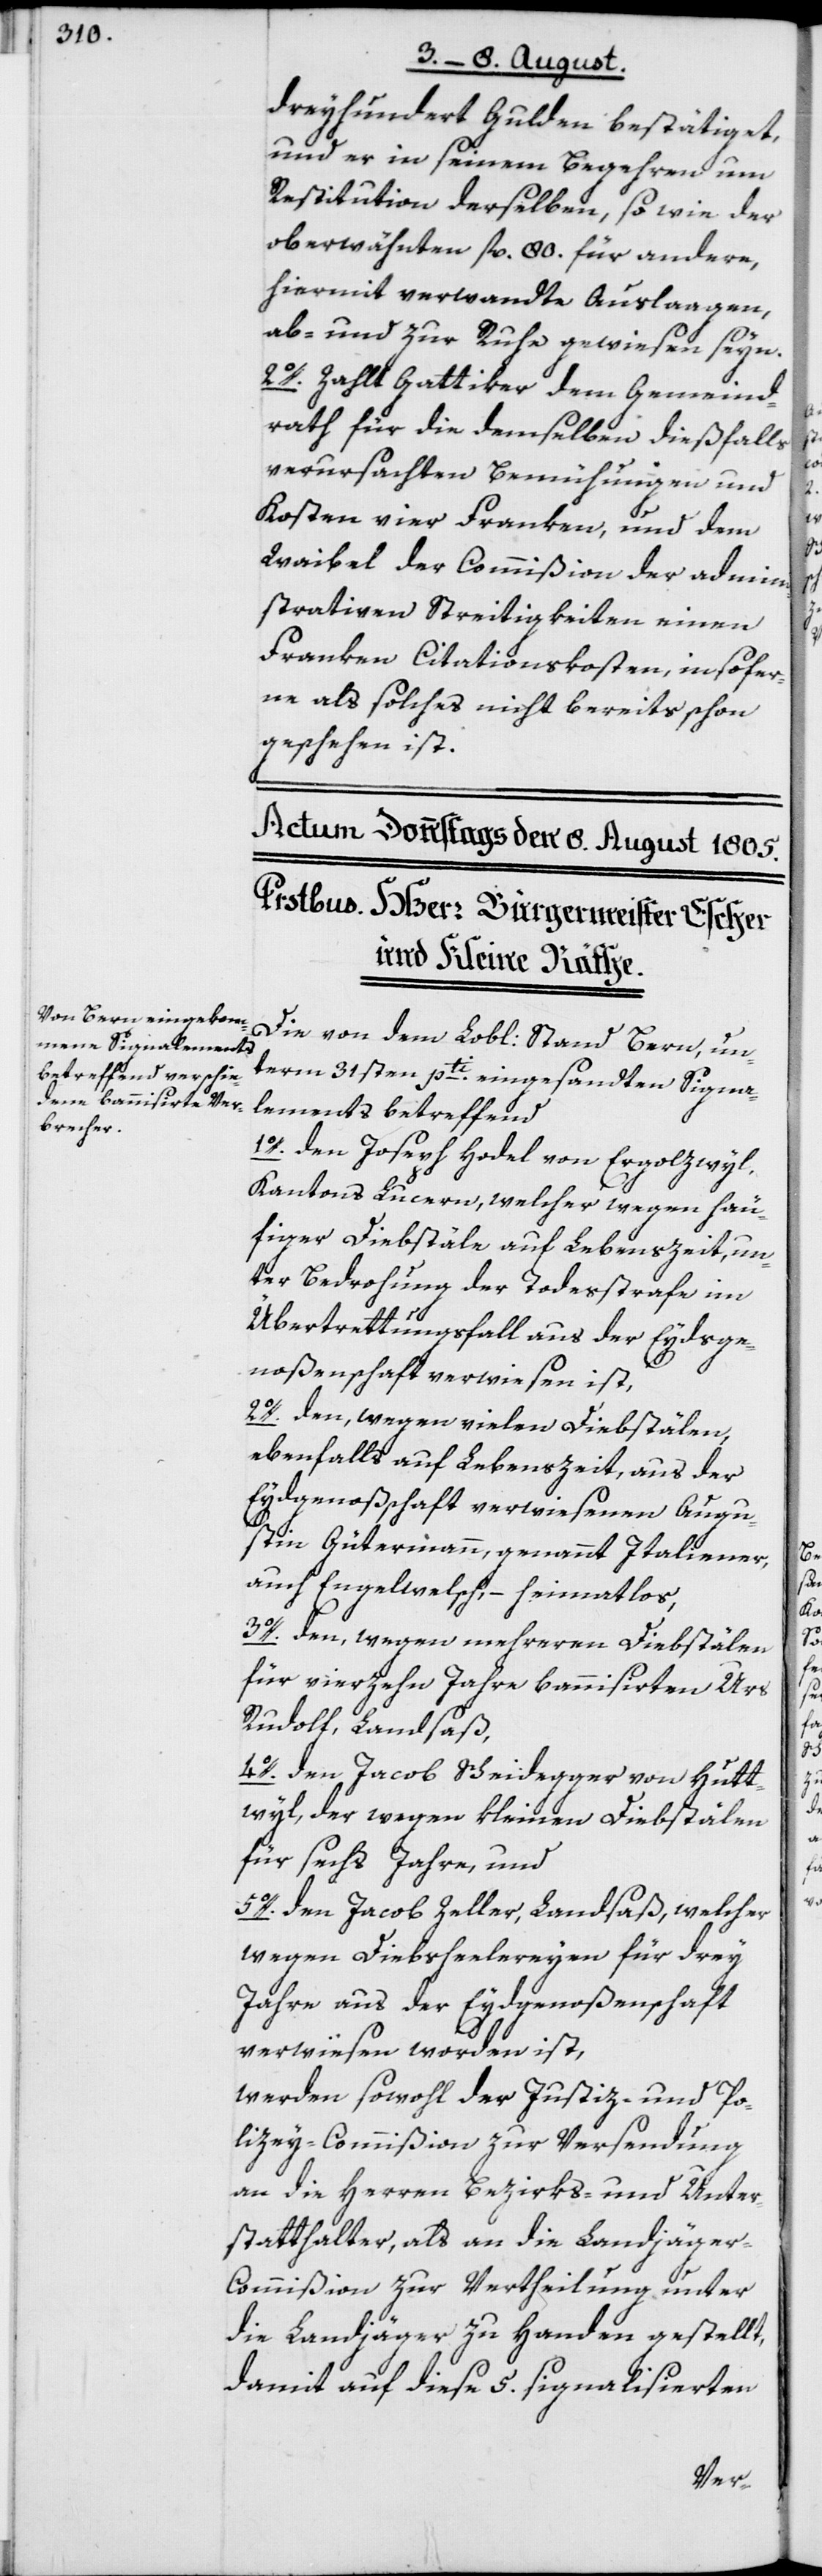
dreyhundert Gulden bestätiget,
und er in seinem Begehren um
Restitution derselben, so wie der
oberwähnten fl. 80. für andere,
hiermit verwandte Auslaagen,
ab- und zur Ruhe gewiesen seyn.
2o. Zahlt Gattiker dem Gemeind¬
rath für die demselben dießfalls
verursachten Bemühungen und
Kosten vier Franken, und dem
Waibel der Commißion der admini¬
strativen Streitigkeiten einen
Franken Citationskosten, insofer¬
ne als solches nicht bereits schon
geschehen ist.
Die von dem Lobl: Stand Bern, un¬
term 31sten pti. eingesandten Signa¬
lements betreffend
1o. den Joseph Hodel von Ergolzwyl,
Kantons Lucern, welcher wegen häu¬
figer Diebstäle auf Lebenszeit, un¬
ter Bedrohung der Todesstrafe im
Übertrettungsfall aus der Eydsge¬
noßenschaft verwiesen ist,
2o. den, wegen vielen Diebstälen,
ebenfalls auf Lebenszeit, aus der
Eydgenoßschaft verwiesenen Augu¬
stin Gütermann, genannt Italiener,
auch Engelwelsch, – heimatlos,
3o. den, wegen mehreren Diebstälen
für vierzehn Jahre bannisirten Urs
Rudolf, Landsaß,
4o. den Jacob Scheidegger von Hutt¬
wyl, der wegen kleinen Diebstälen
für sechs Jahre, und
5o. den Jacob Zeller, Landsaß, welcher
wegen Diebsheelereyen für drey
Jahre aus der Eydgenoßenschaft
verwiesen worden ist,
werden sowohl der Justiz- und Po¬
lizey-Commißion zur Versendung
an die Herren Bezirks- und Unter¬
statthalter, als an die Landjäge¬
r-Commißion zur Vertheilung unter
die Landjäger zu Handen gestellt,
damit auf diese 5. signalisierten